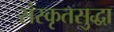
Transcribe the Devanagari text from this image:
संस्कृतसुद्धा